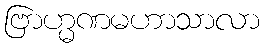
ဗြာဟ္မဏမဟာသာလာ